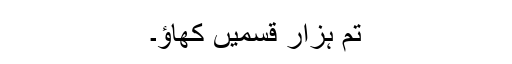
تم ہزار قسمیں کھاؤ۔